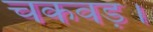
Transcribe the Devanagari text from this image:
चकवड़।